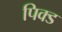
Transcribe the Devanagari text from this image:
पिक्ड